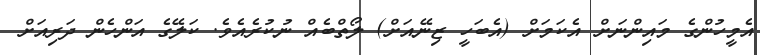
އެމީހުންގެ މައިންނަށް އެކަމަށް (އެބަހީ ޒިނޭއަށް) ލޯތްބެއް ނުކުރެއެވެ. ކަލޭގެ އަންހެން ދަރިއަށް